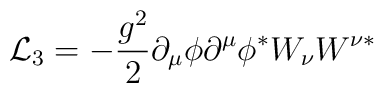
{\cal L}_3 = -\frac{g^2}{2} \partial _{\mu} \phi \partial ^{\mu}\phi ^{\ast} W_{\nu} W^{\nu \ast}